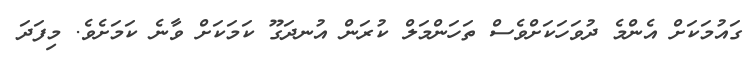
ގައުމަކަށް އެންމެ ދުވަހަކަށްވެސް ތަހަންމަލް ކުރަން އުނދަގޫ ކަމަކަށް ވާނެ ކަމަށެވެ. މިފަދަ